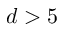
d > 5